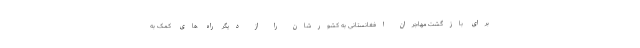
برای بازگشت مهاجران افغانستانی به کشورشان را از دیگر راه های کمک به